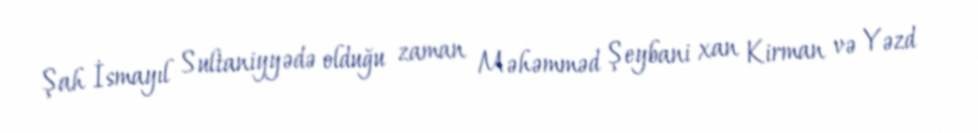
Şah İsmayıl Sultaniyyədə olduğu zaman Məhəmməd Şeybani xan Kirman və Yəzd